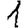
Digit: 1